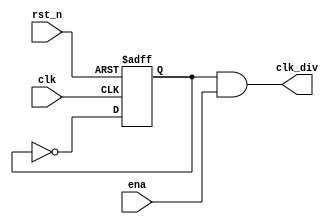
module tt_um_accelshark_psg_divider (
    output wire       clk_div,  // signal at half the rate of "clk"
    input  wire       ena,      // will go high when the design is enabled
    input  wire       clk,      // clock
    input  wire       rst_n     // reset_n - low to reset
);
    reg r_clk_div = 1'b1;
    always @(posedge clk or negedge rst_n) begin
        if(!rst_n)
            r_clk_div <= 1'b1;
        else
            r_clk_div <= !r_clk_div;
    end
    assign clk_div = r_clk_div & ena;
endmodule